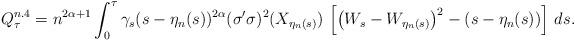
LaTeX: \begin{align*}Q^{n.4}_\tau=n^{2\alpha+1}\int^{\tau}_0 \gamma_s(s-\eta_n(s))^{2\alpha} (\sigma' \sigma)^2(X_{\eta_n(s)}) \, \left[\left(W_s-W_{\eta_n(s)}\right)^2 -(s-\eta_n(s))\right]\,ds.\end{align*}